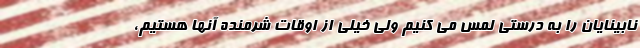
نابینایان را به درستی لمس می کنیم ولی خیلی از اوقات شرمنده آنها هستیم،